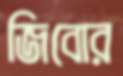
জিবোর